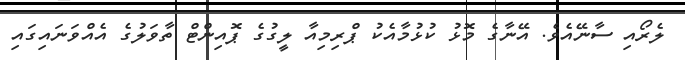
ލެރޯއި ސާނޭއެވެ. އޭނާގެ މޮޅު ކުޅުމާއެކު ޕްރިމިއާ ލީގުގެ ޕޮއިންޓް ތާވަލުގެ އެއްވަނައިގައި